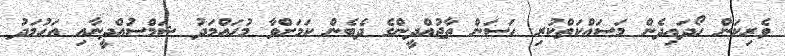
ވެރިކަން ހޯދައިދެން މަސައްކަތްކުރި ހަސަން ތާޖުއްދީންގެ ދެބެން ކަމަށްވާ މުހައްމަދު ޝަމްސުއްދީނާއި އަހުމަދު